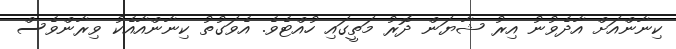
ކިނާންއަށް އާދެވުނު އިރު ޝާޔަން ދޮރު މަތީގައި ހުއްޓެވެ. އެވަގުތު ކިނާންއާއެކު ވިރާންވެސް